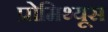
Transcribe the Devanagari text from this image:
प्रोमिथ्यूस